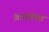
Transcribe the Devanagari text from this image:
अन्नशोषण